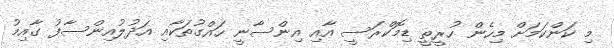
މި ކަންކަމަށް މިހެން ހުރީތީ ޑިމޮކްރަސީ އާއި އިންސާނީ ހައްގުތަކާއި އަދުލުއިންސާފު ގާއިމު